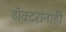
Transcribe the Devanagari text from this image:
डॉक्टरांनाही